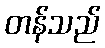
တန်သည်